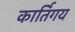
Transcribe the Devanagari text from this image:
कार्तिगय